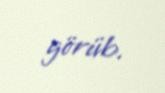
görüb.